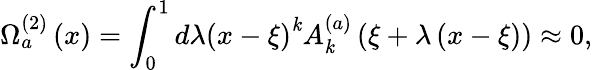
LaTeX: \Omega_{a}^{\left(2\right)}\left(x\right)=\int_{0}^{1}{d\lambda}\left({x-\xi}\right)^{\mathit{k}}A_{\mathit{k}}^{\left(a\right)}\left({\xi+\lambda\left({x-\xi}\right)}\right)\approx0,